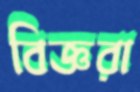
বিজ্ঞরা